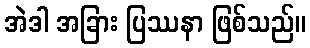
အဲဒါ အခြား ပြဿနာ ဖြစ်သည်။